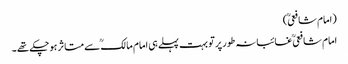
(امام شافعیؒ )
امام شافعیؒ غائبانہ طورپر تو بہت پہلے ہی امام مالکؒ سے متاثر ہوچکے تھے ۔